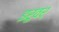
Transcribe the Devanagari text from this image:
इरुवर्